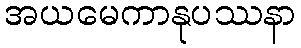
အယမေကာနုပဿနာ